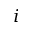
i